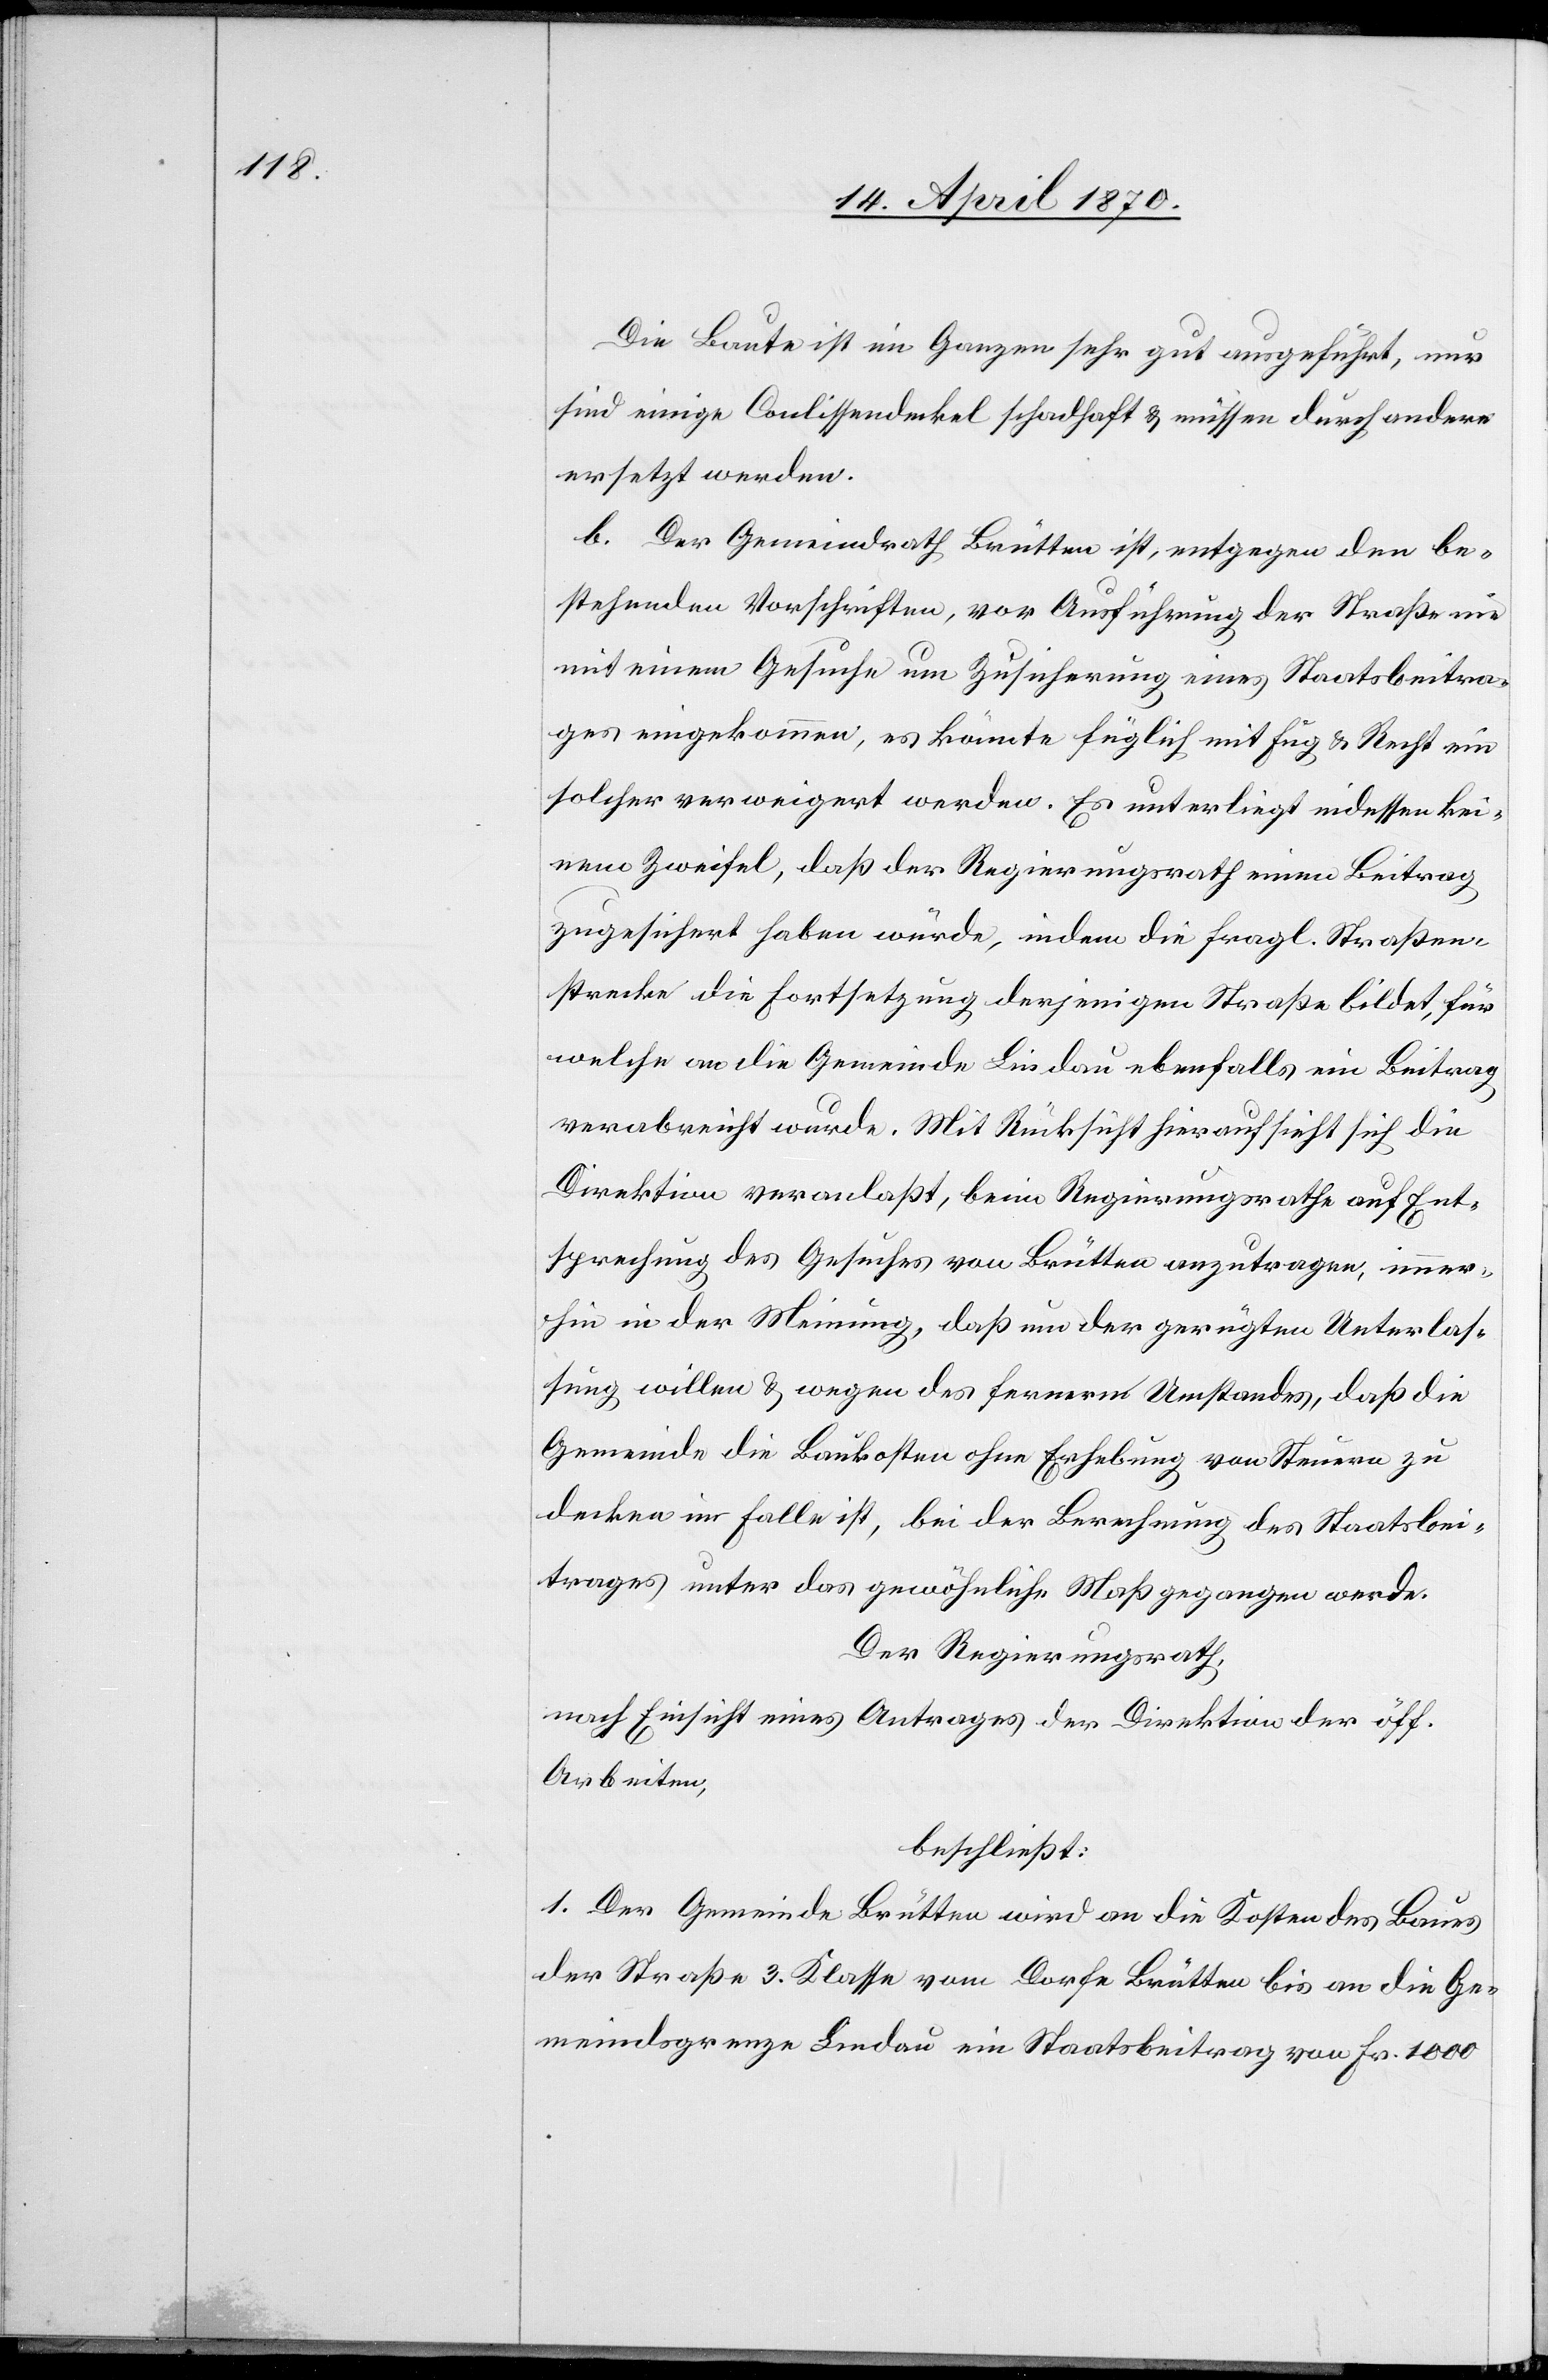
Die Baute ist im Ganzen sehr gut ausgeführt, nur
sind einige Coulissendeckel schadhaft & müssen durch andere
ersetzt werden.
b. Der Gemeindrath Brütten ist, entgegen den be¬
stehenden Vorschriften, vor Ausführung der Straße nie
mit einem Gesuche um Zusicherung eines Staatsbeitra¬
ges eingekommen, es könnte füglich mit Fug & Recht ein
solcher verweigert werden. Es unterliegt indessen kei¬
nem Zweifel, daß der Regierungsrath einen Beitrag
zugesichert haben würde, indem die fragl. Straßen¬
strecke die Fortsetzung derjenigen Straße bildet, für
welche an die Gemeinde Lindau ebenfalls ein Beitrag
verabreicht wurde. Mit Rücksicht hierauf sieht sich die
Direktion veranlaßt, beim Regierungsrathe auf Ent¬
sprechung des Gesuches von Brütten anzutragen, immer¬
hin in der Meinung, daß um der gerügten Unterlas¬
sung willen & wegen des fernern Umstandes, daß die
Gemeinde die Baukosten ohne Erhebung von Steuern zu
decken im Falle ist, bei der Berechnung des Staatsbei¬
trages unter das gewöhnliche Maß gegangen werde.
Der Regierungsrath,
nach Einsicht eines Antrages der Direktion der öff.
Arbeiten,
beschließt:
1. Der Gemeinde Brütten wird an die Kosten des Baues
der Straße 3. Klasse vom Dorfe Brütten bis an die Ge¬
meindsgrenze Lindau ein Staatsbeitrag von Fr. 1000